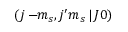
\left( j - \! \! m _ { s } , j ^ { \prime } m _ { s } \, | \, J 0 \right)